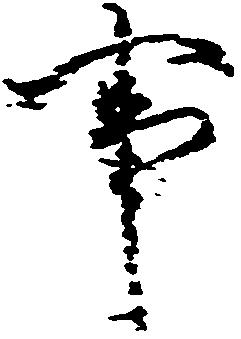
事